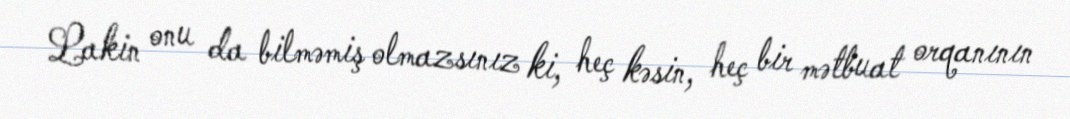
Lakin onu da bilməmiş olmazsınız ki, heç kəsin, heç bir mətbuat orqanının